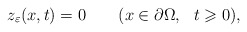
\begin{align*}z_\varepsilon(x,t)=0 \qquad(x\in\partial\Omega,\ \ t\geqslant 0),\end{align*}